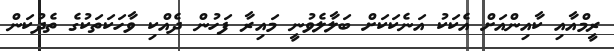
ރީމްއާއި ކާއިންއަށް އެކަކު އަނެކަކަށް ބަލާލެވުނީ މައިރާ ފަހުން ދެއްކި ވާހަކަތަކުގެ ތެދުކަން